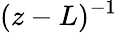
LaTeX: (z-L)^{-1}